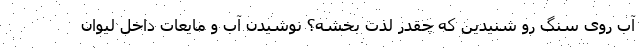
آب روی سنگ رو شنیدین که چقدر لذت بخشه؟ نوشیدن آب و مایعات داخل لیوان